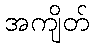
အကျိတ်